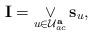
LaTeX: \begin{align*}\mathbf{ I } = \mathop{\vee} \limits_{u \in \mathcal{U}_{ac}^{\mathbf{a}} } \mathbf{s}_{u},\end{align*}